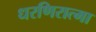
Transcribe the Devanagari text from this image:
धरणिरात्मा